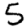
Digit: 5